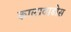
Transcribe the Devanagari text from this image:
कालावाडोस